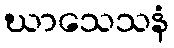
ဃာသေသနံ